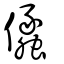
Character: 㒩